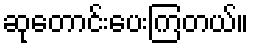
ဆုတောင်းပေးကြတယ်။